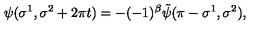
\psi ( \sigma ^ { 1 } , \sigma ^ { 2 } + 2 \pi t ) = - ( - 1 ) ^ { \beta } \tilde { \psi } ( \pi - \sigma ^ { 1 } , \sigma ^ { 2 } ) ,